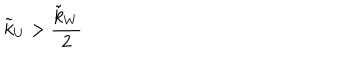
LaTeX: \tilde { k } _ { U } > \frac { \tilde { k } _ { W } } { 2 }